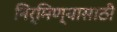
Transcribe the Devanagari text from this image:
निर्मिण्यासाठी